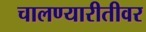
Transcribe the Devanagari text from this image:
चालण्यारीतीवर